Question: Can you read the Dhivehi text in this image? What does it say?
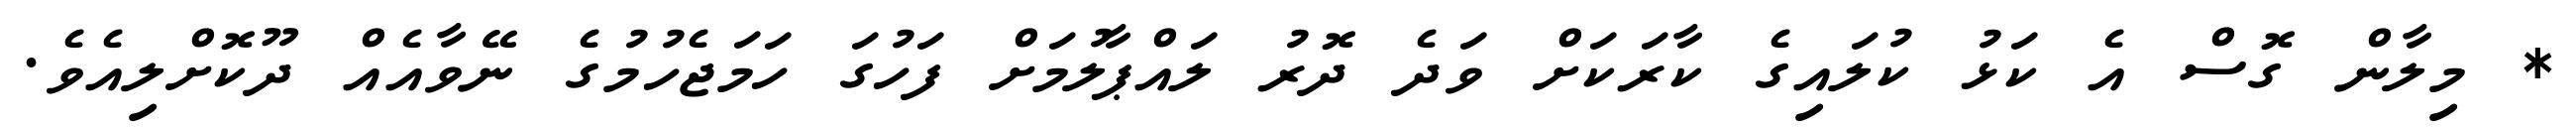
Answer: * މިލާން ގޮސް އެ ކަޅު ކުލައިގެ ކާރަކަށް ވަދެ ދޮރު ލައްޕާލުމަށް ފަހުގަ ހަމަޖެހުމުގެ ނޭވާއެއް ދޫކޮށްލިއެވެ.